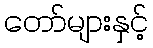
တော်များနှင့်